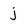
Character: j